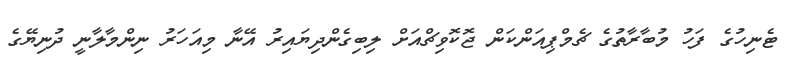
ޓެނިހުގެ ފަހު މުބާރާތުގެ ޗެމްޕިއަންކަން ޖޮކޮވިޗްއަށް ލިބިގެންދިޔައިރު އޭނާ މިއަހަރު ނިންމާލާނީ ދުނިޔޭގެ